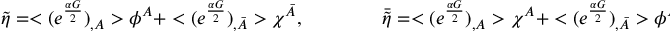
\tilde { \eta } = < ( e ^ { \frac { \alpha G } { 2 } } ) _ { , A } > \phi ^ { A } + < ( e ^ { \frac { \alpha G } { 2 } } ) _ { , \bar { A } } > \chi ^ { \bar { A } } , \qquad \qquad \bar { \tilde { \eta } } = < ( e ^ { \frac { \alpha G } { 2 } } ) _ { , A } > \chi ^ { A } + < ( e ^ { \frac { \alpha G } { 2 } } ) _ { , \bar { A } } > \phi ^ { \bar { A } } .